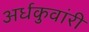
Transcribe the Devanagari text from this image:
अर्धकुवांरी